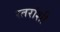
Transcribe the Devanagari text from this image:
स्तरांशी